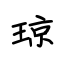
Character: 琼